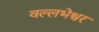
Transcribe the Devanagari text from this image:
वल्लभेश्वर